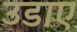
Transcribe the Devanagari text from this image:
उडाए